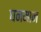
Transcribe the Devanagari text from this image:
घनमान